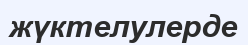
жүктелулерде